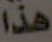
هذا